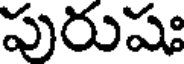
పురుషః